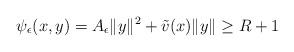
LaTeX: \begin{align*}\psi_\epsilon(x,y) = A_{\epsilon} \|y\|^2 + \tilde{v}(x) \|y\|\ge R+1 \end{align*}